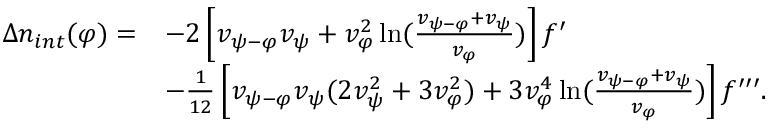
\begin{array} { r l } { \Delta n _ { i n t } ( \varphi ) = } & { - 2 \left[ v _ { { \psi } - \varphi } v _ { { \psi } } + v _ { \varphi } ^ { 2 } \ln ( { \frac { v _ { { \psi } - \varphi } + v _ { { \psi } } } { v _ { \varphi } } } ) \right] f ^ { \prime } } \\ & { - { \frac { 1 } { 1 2 } } \left[ v _ { { \psi } - \varphi } v _ { { \psi } } ( 2 v _ { { \psi } } ^ { 2 } + 3 v _ { \varphi } ^ { 2 } ) + 3 v _ { \varphi } ^ { 4 } \ln ( { \frac { v _ { { \psi } - \varphi } + v _ { { \psi } } } { v _ { \varphi } } } ) \right] f ^ { \prime \prime \prime } . } \end{array}